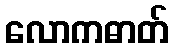
လောကဓာတ်